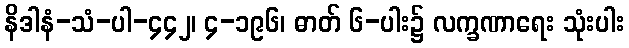
နိဒါနံ-သံ-ပါ-၄၄၂၊ ၄-၁၉၆၊ ဓာတ် ၆-ပါး၌ လက္ခဏာရေး သုံးပါး